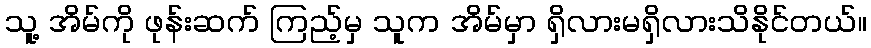
သူ့ အိမ်ကို ဖုန်းဆက် ကြည့်မှ သူက အိမ်မှာ ရှိလားမရှိလားသိနိုင်တယ်။